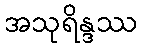
အသုရိန္ဒဿ